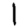
Digit: 1